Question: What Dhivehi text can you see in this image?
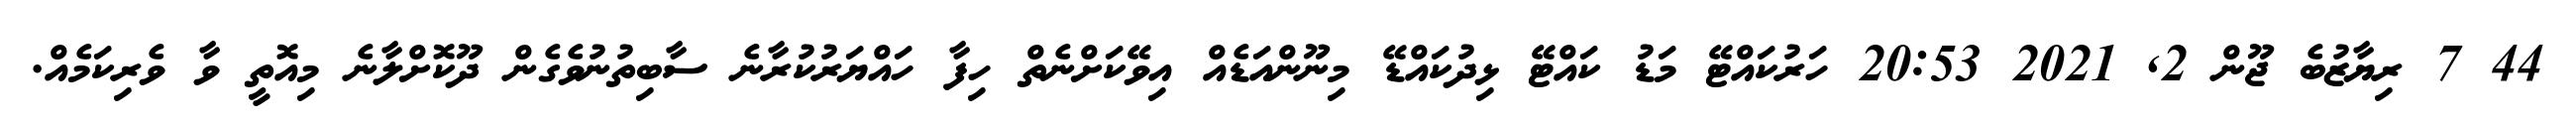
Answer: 44 7 ރިޔާޒުބެ ޖޫން 2, 2021 20:53 ހަރުކައްޓޭ މަޑު ކައްޓޭ ޅިދުކައްޑޭ މިނޫންއަޑެއް އިވޭކަށްނެތް ހިފާ ހައްޔަރުކުރާނެ ސާބިތުނުވެގެން ދޫކޮށްލާނެ މިއޮތީ ވާ ވެރިކަމެއް.